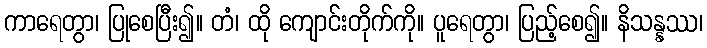
ကာရေတွာ၊ ပြုစေပြီး၍။ တံ၊ ထို ကျောင်းတိုက်ကို။ ပူရေတွာ၊ ပြည့်စေ၍။ နိသန္နဿ၊